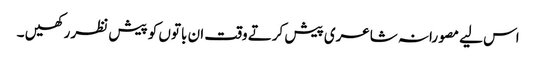
اس لیے مصورانہ شاعری پیش کرتے وقت ان باتوں کو پیش نظر رکھیں ۔